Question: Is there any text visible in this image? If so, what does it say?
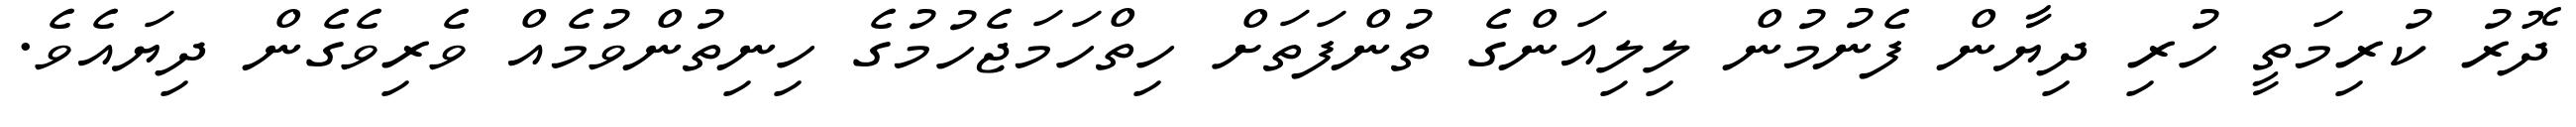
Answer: ދޮރު ކުރިމަތީ ހުރި ދިޔާން ފެނުމުން ލިލިއަންގެ ތުންފަތަށް ހިތްހަމަޖެހުމުގެ ހިނިތުންވުމެއް ވެރިވެގެން ދިޔައެވެ.